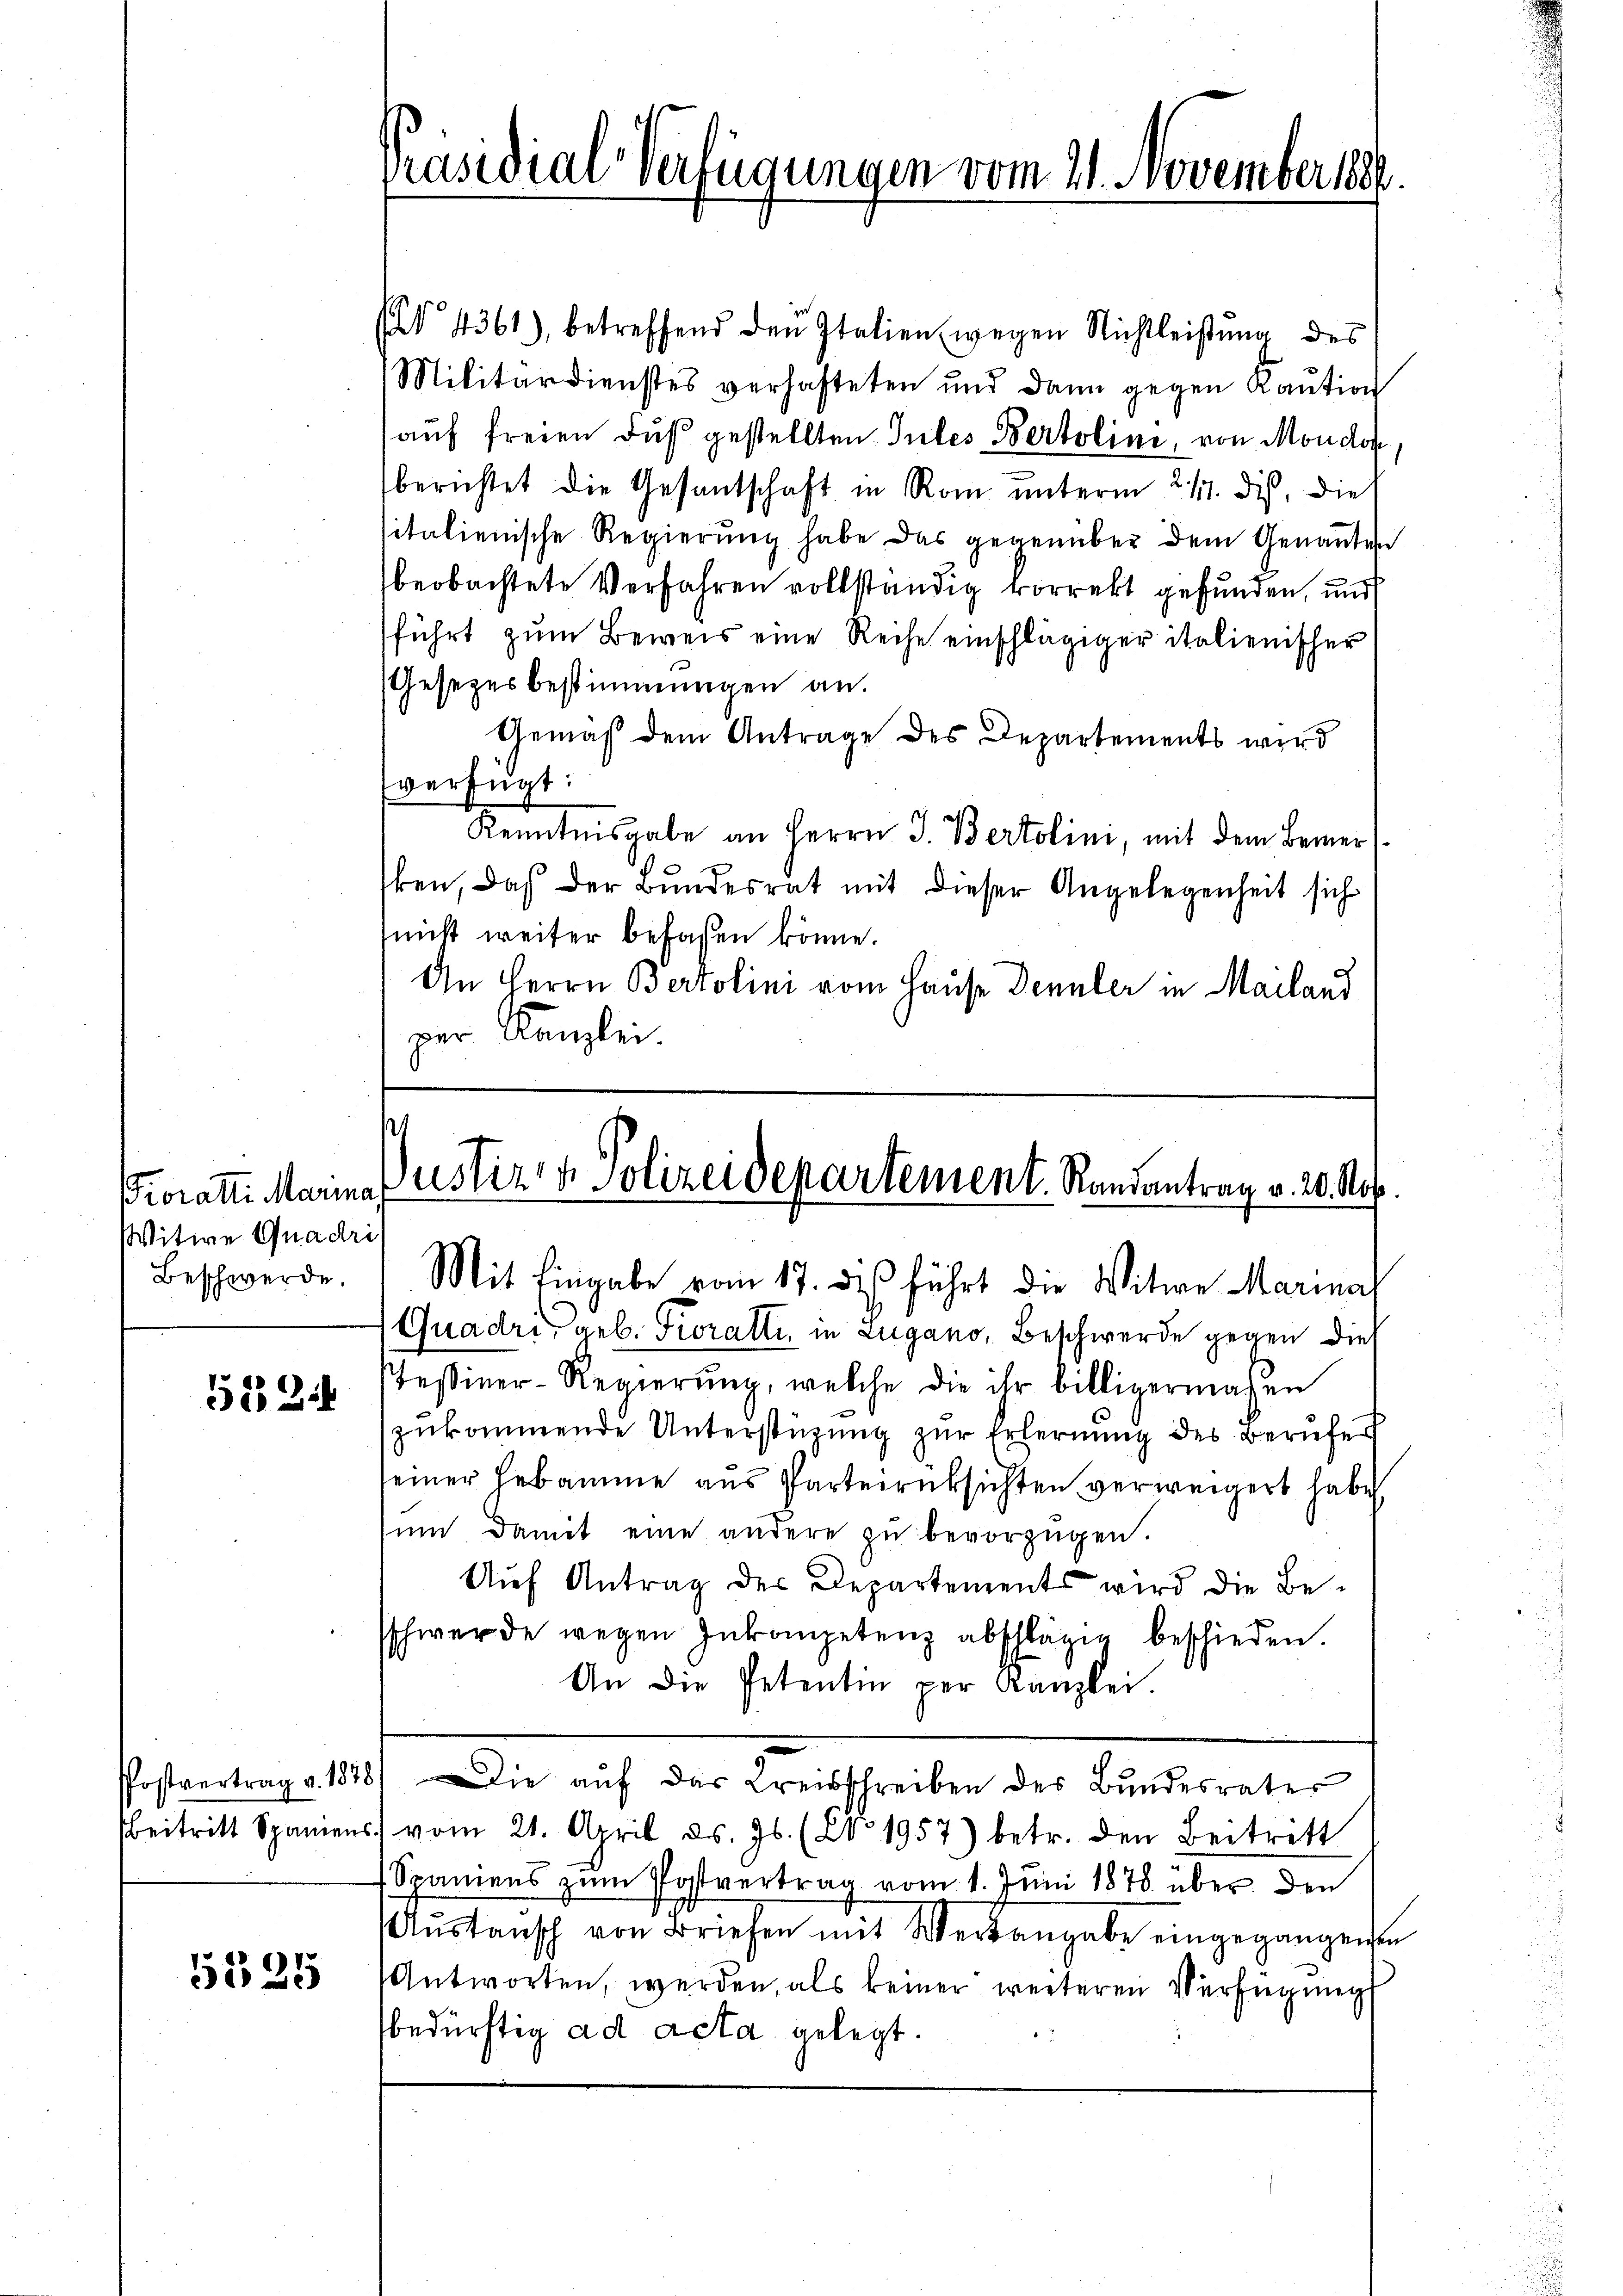
Froratti Maria,
Witwe Quadri
Beschwerde.

522

Postvertrag v. 1878
Beitritt Spanien

5535

Präsidial-Verfügungen vom 21. November 188

(N° 4361), betreffend den Italien wegen Nichtleistŭng des
Militärdienstes verhafteten und dann gegen Kaution
auf freien Fuß gestellten Gutes Bertolini, von Moudon
berichtet die Gesantschaft in Rom unterm 217. ds. die
sitalienische Regierŭng habe das gegenüber dem Genannten
beobachtete Verfahren vollständig vorrekt gefunden, und
führt zum Beweis eine Reihe einschlägiger italienischer
Gesetzesbestimmungen an.
Gemäß dem Antrage des Departements wird
verfügt:
Kenntnisgabe an Herrn J. Bertolini, mit dem Bemerken, daß der Bundesrat mit dieser Angelegenheit sich
(nicht weiter befassen könne.
An Herrn Bertolini vom Hause Dennler in Mailand
per Kanzlei.

Justiz & Polizeidepartement. Randantrag v. 20. No.
Mit Eingabe vom 17. des führt die Witwe Marial

Quadri, geb. Kroratti, in Lugano, Beschwerde gegen dies
Teßiner-Regierung, welche die ihr billigermaßen
zŭkommende Unterstützŭng zŭr Erlernung des Berufer
einer Hebamme aus Parterrücksichten verweigert habe
ŭm damit eine andere zŭ bevorzügen.
Auf Antrag des Departements wird die Beschwerde wegen Inkompetenz abschlägig beschieden.
An die Petentin per Kanzlei.
Die aŭf das Kreisschreiben des Bundesrater
c. vom 21. April ds. Js. (No. 1957) betr. den Beitrett
Spaniens zŭm Postvertrag vom 1. Juni 1878 über den
Aŭstansch von Briefen mit Weitangabe eingegangenen
Antworten, werden, als keiner weiteren Verfügung
bedürftig ad acta gelegt.